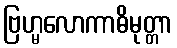
ဗြဟ္မလောကာဓိမုတ္တာ